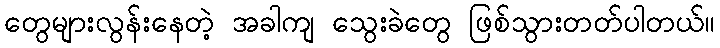
တွေများလွန်းနေတဲ့ အခါကျ သွေးခဲတွေ ဖြစ်သွားတတ်ပါတယ်။